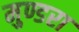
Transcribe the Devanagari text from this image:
मुण्डरा